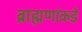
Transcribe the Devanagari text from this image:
ब्राह्मणांकडे